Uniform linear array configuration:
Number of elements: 64
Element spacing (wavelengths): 0.75
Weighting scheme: hann
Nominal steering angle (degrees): -30
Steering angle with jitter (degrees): -31.506
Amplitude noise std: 0.05
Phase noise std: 0.05

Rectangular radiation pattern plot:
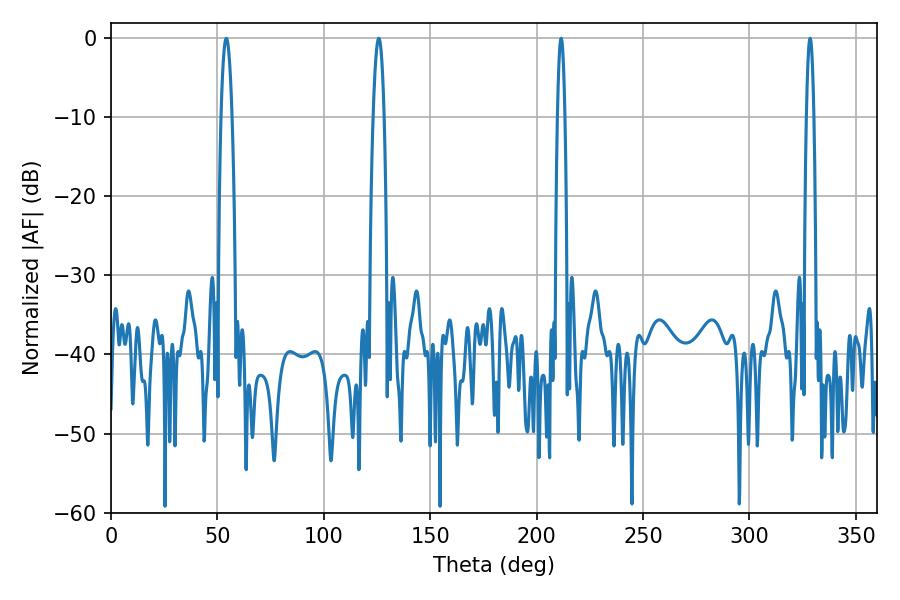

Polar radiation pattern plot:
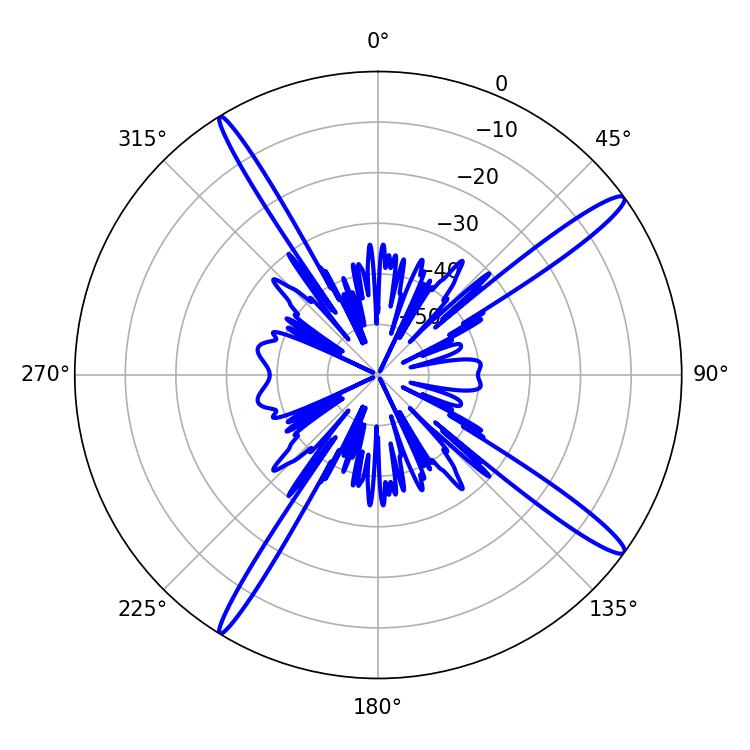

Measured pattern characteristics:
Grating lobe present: TRUE
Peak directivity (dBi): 16.103
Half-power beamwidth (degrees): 1.8
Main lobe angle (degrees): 211.5